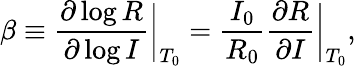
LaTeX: \beta\equiv\frac{\partial\log R}{\partial\log I}\bigg|_{T_{0}}=\frac{I_{0}}{R_{0}}\frac{\partial R}{\partial I}\bigg|_{T_{0}},